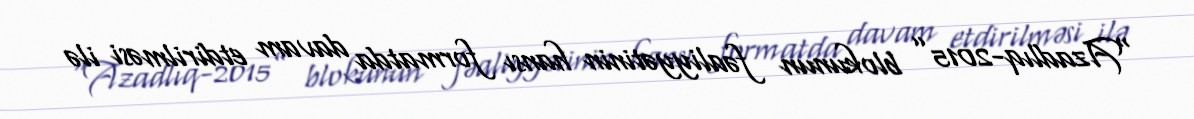
“Azadlıq-2015” blokunun fəaliyyətinin hansı formatda davam etdirilməsi ilə